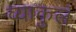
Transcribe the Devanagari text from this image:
व्याकुलं